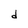
Character: d